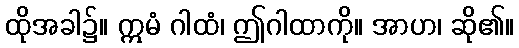
ထိုအခါ၌။ ဣမံ ဂါထံ၊ ဤဂါထာကို။ အာဟ၊ ဆို၏။